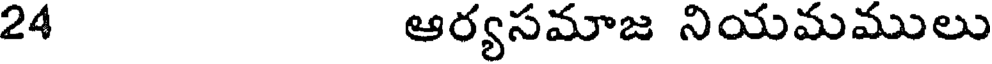
24 ఆర్యసమాజ నియమములు